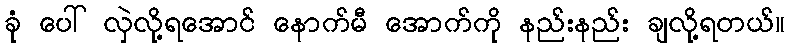
ခုံ ပေါ် လှဲလို့ရအောင် နောက်မီ အောက်ကို နည်းနည်း ချလို့ရတယ်။